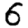
Digit: 6